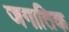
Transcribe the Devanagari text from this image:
जगातिक